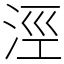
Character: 涇